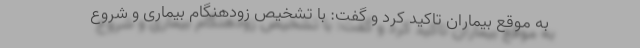
به موقع بیماران تاکید کرد و گفت: با تشخیص زودهنگام بیماری و شروع